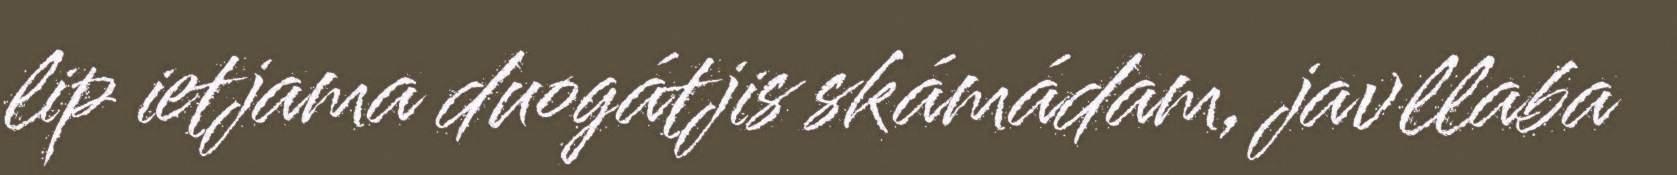
lip ietjama duogátjis skámádam, javllaba